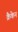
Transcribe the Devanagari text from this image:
क्रैकेन